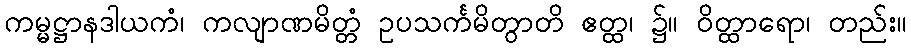
ကမ္မဋ္ဌာနဒါယကံ၊ ကလျာဏမိတ္တံ ဥပသင်္ကမိတွာတိ ဧတ္ထ၊ ၌။ ဝိတ္ထာရော၊ တည်း။